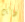
ذلك